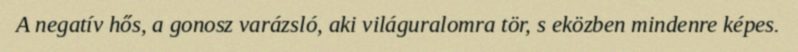
A negatív hős, a gonosz varázsló, aki világuralomra tör, s eközben mindenre képes.